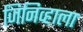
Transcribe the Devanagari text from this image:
जिनिव्हाला